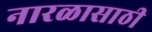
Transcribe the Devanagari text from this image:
नारळासाठी